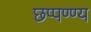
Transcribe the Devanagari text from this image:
छप्पण्ण्य